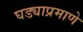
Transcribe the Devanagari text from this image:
घड्याप्रमाणे